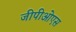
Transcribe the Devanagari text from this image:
जीपीओएस